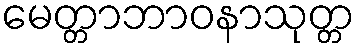
မေတ္တာဘာဝနာသုတ္တ